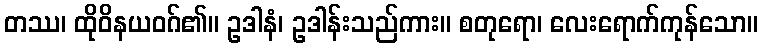
တဿ၊ ထိုဝိနယဝဂ်၏။ ဥဒါနံ၊ ဥဒါန်းသည်ကား။ စတုရော၊ လေးရောက်ကုန်သော။